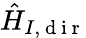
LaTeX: \hat{H}_{I,\mathrm{~d~i~r~}}